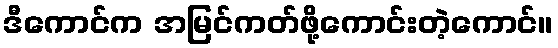
ဒီကောင်က အမြင်ကတ်ဖို့ကောင်းတဲ့ကောင်။